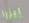
إيزرا